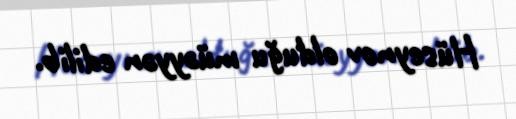
Hüseynov olduğu müəyyən edilib.